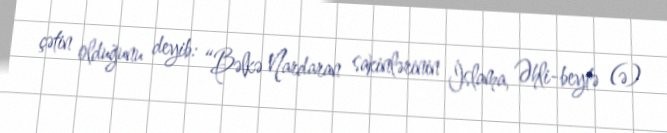
çətin olduğunu deyib: “Bəlkə Nardaran sakinlərinin İslama, Əhli-beytə (ə)